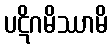
ပဋိဂမိဿာမိ